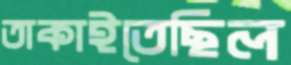
তাকাইতেছিল